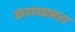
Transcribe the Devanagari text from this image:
कंपणक्षमता